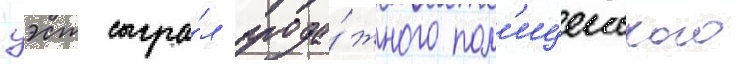
уэст сыгра́л прода́жного пол'ицеиского